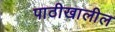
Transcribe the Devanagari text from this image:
पाठीखालील